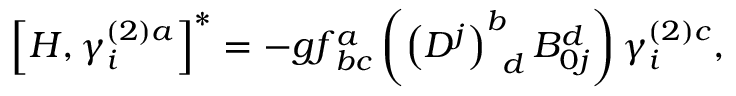
\left[ H , \gamma _ { i } ^ { \left( 2 \right) a } \right] ^ { * } = - g f _ { \; b c } ^ { a } \left( \left( D ^ { j } \right) _ { \; \; d } ^ { b } B _ { 0 j } ^ { d } \right) \gamma _ { i } ^ { \left( 2 \right) c } ,